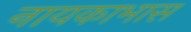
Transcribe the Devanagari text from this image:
नायकाभास